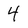
Character: 4